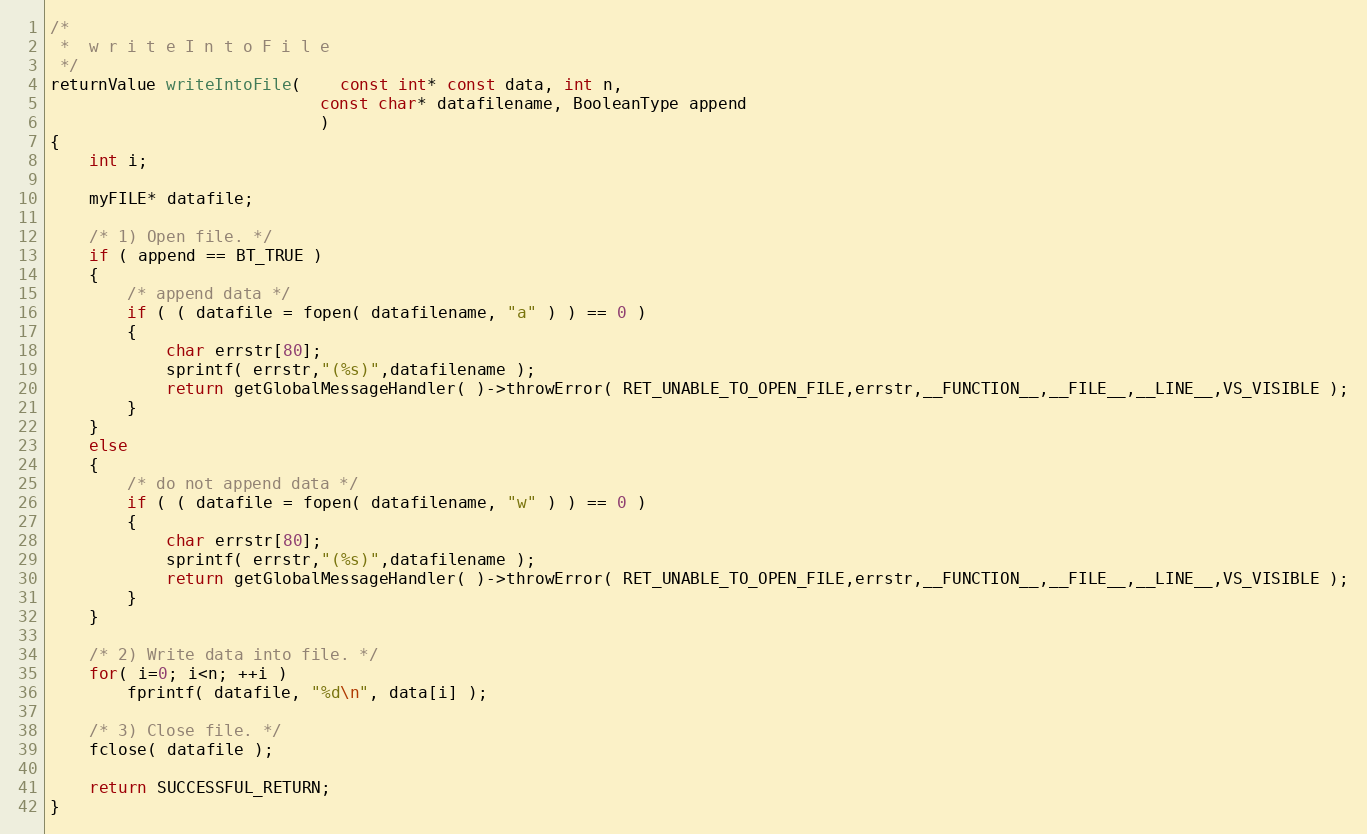
Language: C++
/*
 *	w r i t e I n t o F i l e
 */
returnValue writeIntoFile(	const int* const data, int n,
							const char* datafilename, BooleanType append
							)
{
	int i;

	myFILE* datafile;

	/* 1) Open file. */
	if ( append == BT_TRUE )
	{
		/* append data */
		if ( ( datafile = fopen( datafilename, "a" ) ) == 0 )
		{
			char errstr[80];
			sprintf( errstr,"(%s)",datafilename );
			return getGlobalMessageHandler( )->throwError( RET_UNABLE_TO_OPEN_FILE,errstr,__FUNCTION__,__FILE__,__LINE__,VS_VISIBLE );
		}
	}
	else
	{
		/* do not append data */
		if ( ( datafile = fopen( datafilename, "w" ) ) == 0 )
		{
			char errstr[80];
			sprintf( errstr,"(%s)",datafilename );
			return getGlobalMessageHandler( )->throwError( RET_UNABLE_TO_OPEN_FILE,errstr,__FUNCTION__,__FILE__,__LINE__,VS_VISIBLE );
		}
	}

	/* 2) Write data into file. */
	for( i=0; i<n; ++i )
		fprintf( datafile, "%d\n", data[i] );

	/* 3) Close file. */
	fclose( datafile );

	return SUCCESSFUL_RETURN;
}